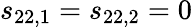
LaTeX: s_{22,1}=s_{22,2}=0